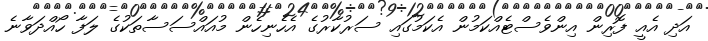
އަދި އެއީ ފޮރިން އިންވެސްޓެއްކަމުން އެކަމުގައި ސަރުކާރުގެ އެހެނިހެން މުއައްސަސާތަކުގެ ލަފާ ހޯއްދަވާނެ